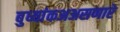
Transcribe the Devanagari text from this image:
बुध्यांकअअसणारे